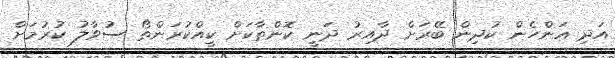
އަދި އަންހެން ކުދިން ބޭރަށް ދާއިރު ދަނީ ކޮންތާކަށް ކީއްކުރަންތޯ ސުވާލު ކުރުމަށް